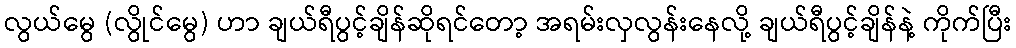
လွယ်မွေ (လွိုင်မွေ) ဟာ ချယ်ရီပွင့်ချိန်ဆိုရင်တော့ အရမ်းလှလွန်းနေလို့ ချယ်ရီပွင့်ချိန်နဲ့ ကိုက်ပြီး